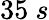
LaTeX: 35\ s